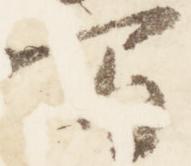
間